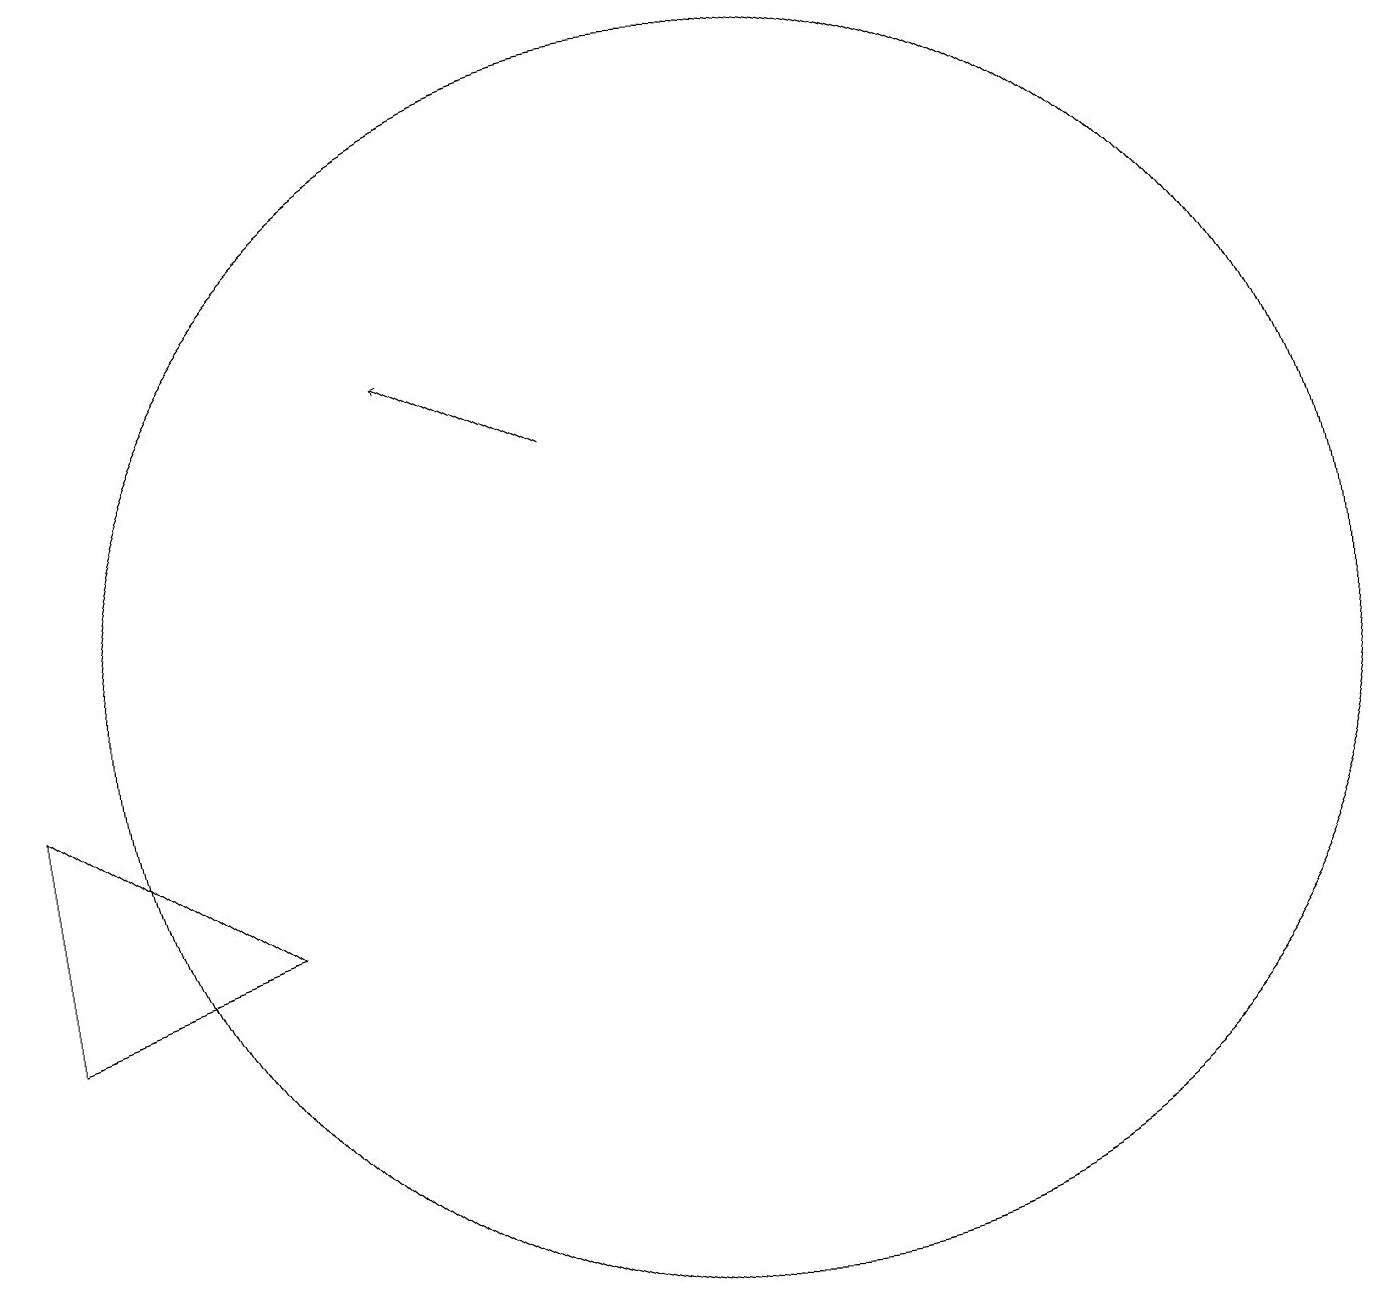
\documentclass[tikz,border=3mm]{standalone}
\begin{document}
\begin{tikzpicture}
\draw[->] (9,13) -- (7,14);
\draw (2,9) -- (2,6) -- (5,7) -- cycle;
\draw (11,10) circle (8);
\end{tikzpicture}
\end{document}